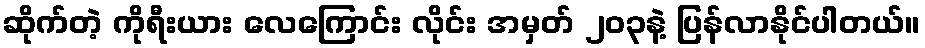
ဆိုက်တဲ့ ကိုရီးယား လေကြောင်း လိုင်း အမှတ် ၂၀၃နဲ့ ပြန်လာနိုင်ပါတယ်။